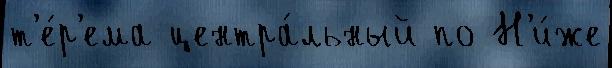
т'е́р'ема центра́льный по Н'и́же